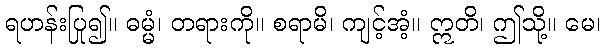
ရဟန်းပြု၍။ ဓမ္မံ၊ တရားကို။ စရာမိ၊ ကျင့်အံ့။ ဣတိ၊ ဤသို့။ မေ၊